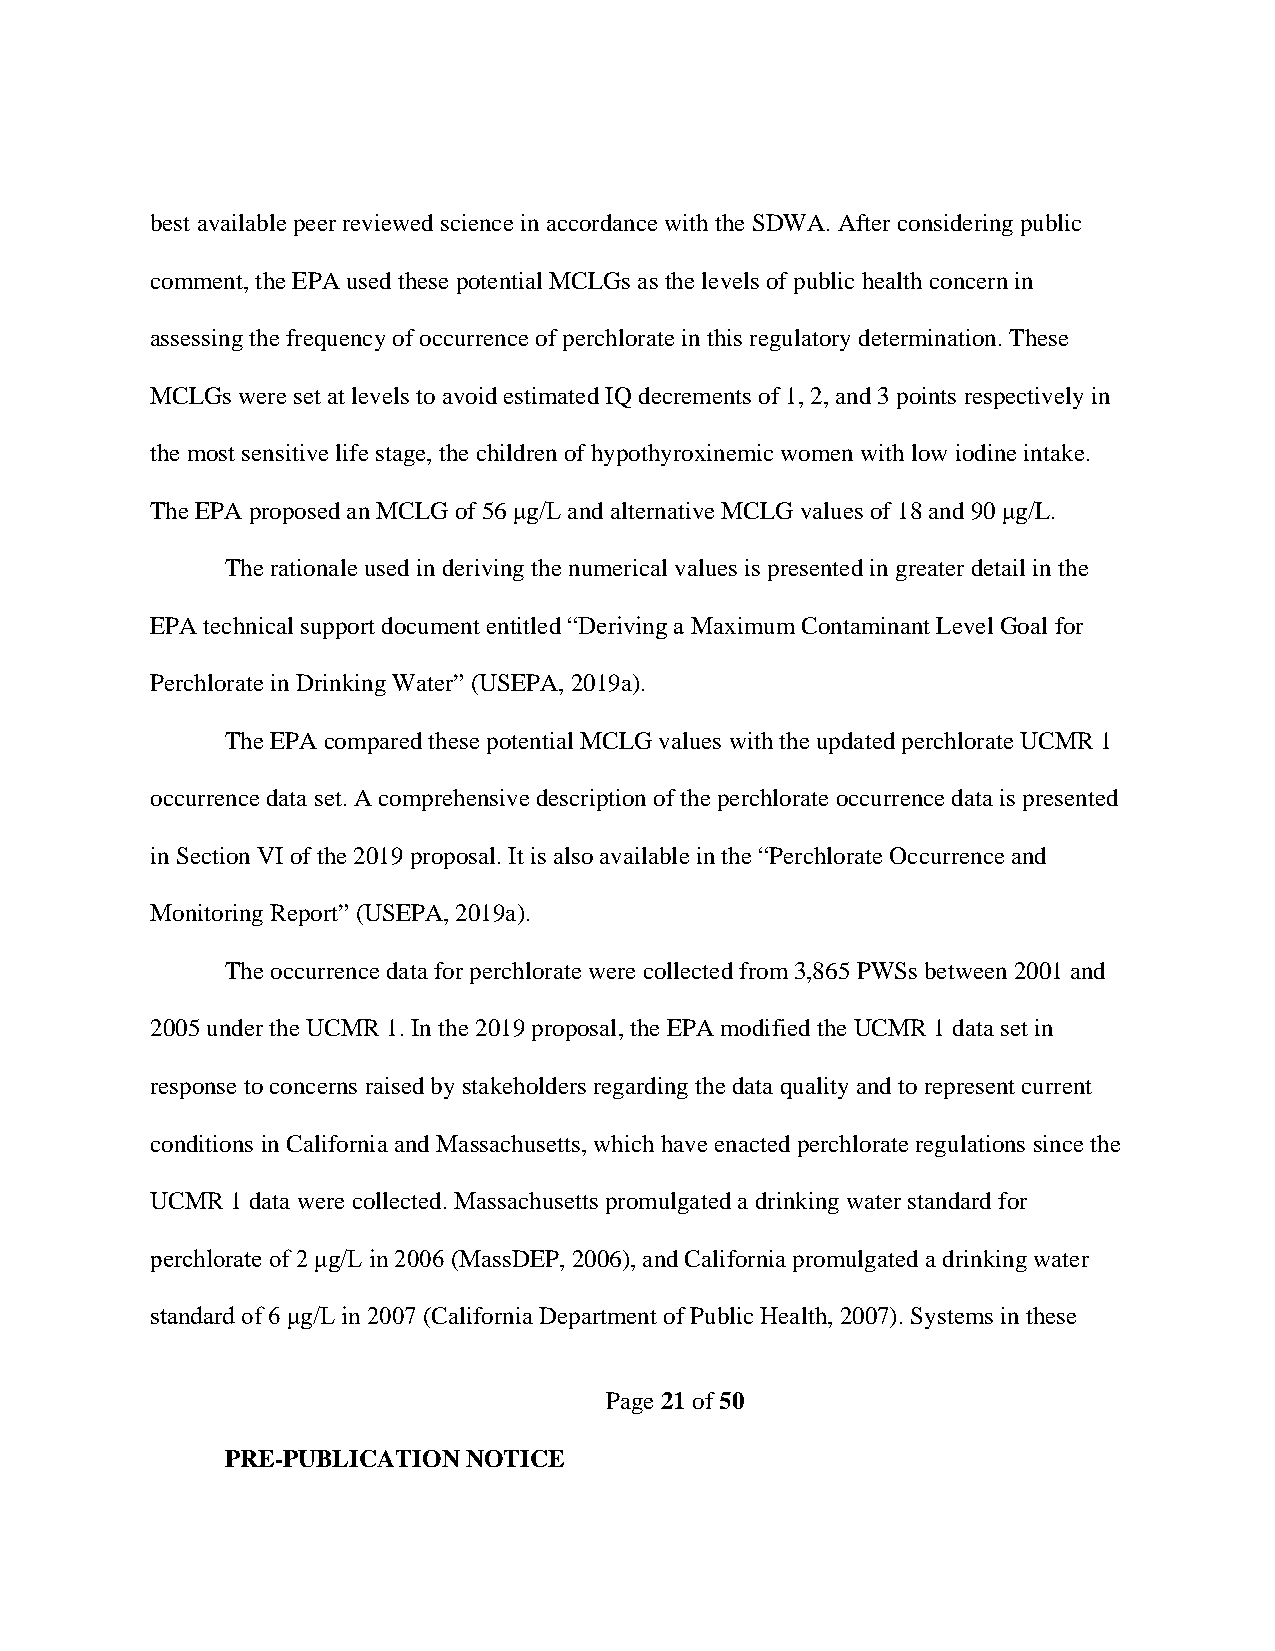
best available peer reviewed science in accordance with the SDWA. After considering public
 comment, the EPA used these potential MCLGs as the levels of public health concern in
 assessing the frequency of occurrence of perchlorate in this regulatory determination. These
 MCLGs were set at levels to avoid estimated IQ decrements of 1, 2, and 3 points respectively in
 the most sensitive life stage, the children of hypothyroxinemic women with low iodine intake.
 The EPA proposed an MCLG of 56 μg/L and alternative MCLG values of 18 and 90 μg/L.
 The rationale used in deriving the numerical values is presented in greater detail in the
 EPA technical support document entitled “Deriving a Maximum Contaminant Level Goal for
 Perchlorate in Drinking Water” (USEPA, 2019a).
 The EPA compared these potential MCLG values with the updated perchlorate UCMR 1
 occurrence data set. A comprehensive description of the perchlorate occurrence data is presented
 in Section VI of the 2019 proposal. It is also available in the “Perchlorate Occurrence and
 Monitoring Report” (USEPA, 2019a).
 The occurrence data for perchlorate were collected from 3,865 PWSs between 2001 and
 2005 under the UCMR 1. In the 2019 proposal, the EPA modified the UCMR 1 data set in
 response to concerns raised by stakeholders regarding the data quality and to represent current
 conditions in California and Massachusetts, which have enacted perchlorate regulations since the
 UCMR 1 data were collected. Massachusetts promulgated a drinking water standard for
 perchlorate of 2 μg/L in 2006 (MassDEP, 2006), and California promulgated a drinking water
 standard of 6 μg/L in 2007 (California Department of Public Health, 2007). Systems in these
 Page 21 of 50
 PRE-PUBLICATION NOTICE